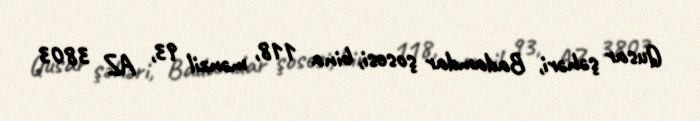
Qusar şəhəri, Badamdar şosesi, bina 118, mənzil 93, AZ 3803